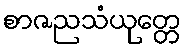
စာဇညသံယုတ္တေ